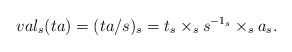
\begin{align*} val_{s}(ta)=(ta/s)_{s}=t_{s}\times_{s}{s}^{-1_{s}}\times_{s}a_{s}.\end{align*}